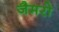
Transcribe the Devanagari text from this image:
जैमरो